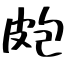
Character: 皰